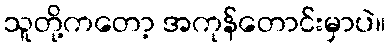
သူတို့ကတော့ အကုန်တောင်းမှာပဲ။